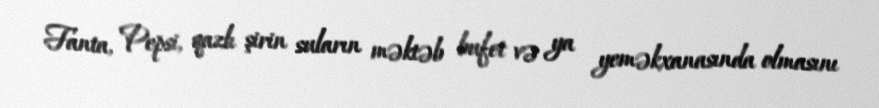
Fanta, Pepsi, qazlı şirin suların məktəb bufet və ya yeməkxanasında olmasını